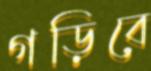
গড়িবে